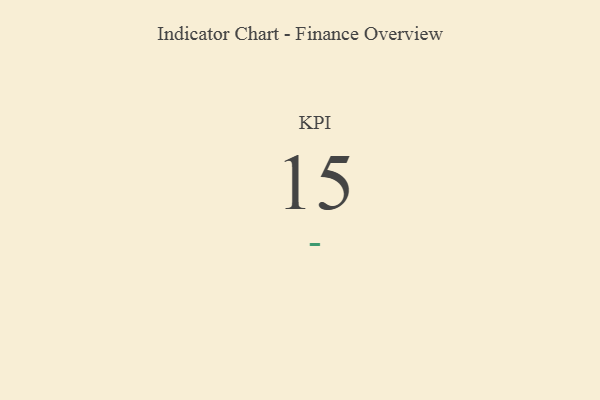
{"axis": {"x": "KPI", "y": "Value"}, "legend": [""], "data": [{"x": "KPI", "y": 15, "type": ""}]}